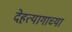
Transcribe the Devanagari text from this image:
देहत्यागाच्या